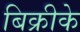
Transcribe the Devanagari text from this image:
बिक्रीके